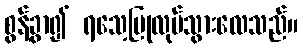
စွန့်ခွာ၍ ရသေ့ပြုလုပ်သွားလေသည်။